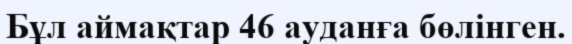
Бұл аймақтар 46 ауданға бөлінген.